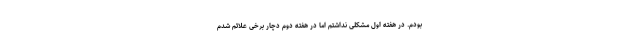
بودم. در هفته اول مشکلی نداشتم اما در هفته دوم دچار برخی علائم شدم